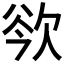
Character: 𣢲